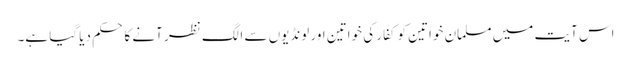
اس آیت میں مسلمان خواتین کو کفار کی خواتین اور لونڈیوں سے الگ نظر آنے کا حکم دیا گیا ہے۔